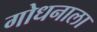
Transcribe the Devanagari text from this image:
गोधनाला